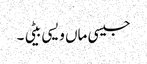
جیسی ماں ویسی بیٹی ۔